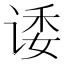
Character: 诿